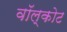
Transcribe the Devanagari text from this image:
वॉल्कोट